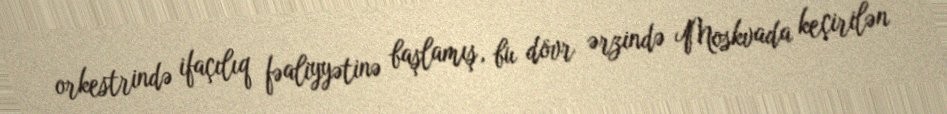
orkestrində ifaçılıq fəaliyyətinə başlamış, bu dövr ərzində Moskvada keçirilən